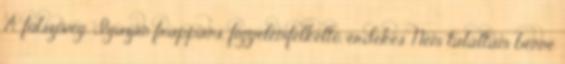
A fülszöveg. Igazán frappáns, figyelemfelkeltő, érdekes. Nem találtam benne